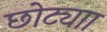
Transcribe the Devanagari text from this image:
छोट्याा